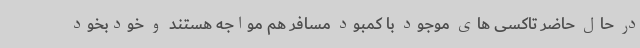
در حال حاضر تاکسی های موجود با کمبود مسافر هم مواجه هستند و خودبخود